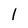
Character: l